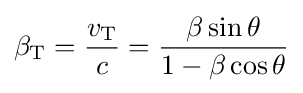
\beta _{\text{T}}={\frac {v_{\text{T}}}{c}}={\frac {\beta \sin \theta }{1-\beta \cos \theta }}